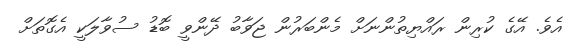
އެވެ. އޭގެ ކުރިން ރައްޔިތުންނަށް މެންބަރުން ޖަވާބު ދޭންވީ ބޮޑު ސުވާލަކީ އެގޮތަށް